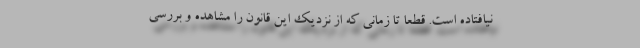
نیافتاده است. قطعا تا زمانی که از نزدیک این قانون را مشاهده و بررسی